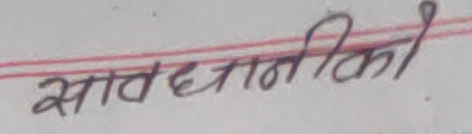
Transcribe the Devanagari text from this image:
सावधानिका